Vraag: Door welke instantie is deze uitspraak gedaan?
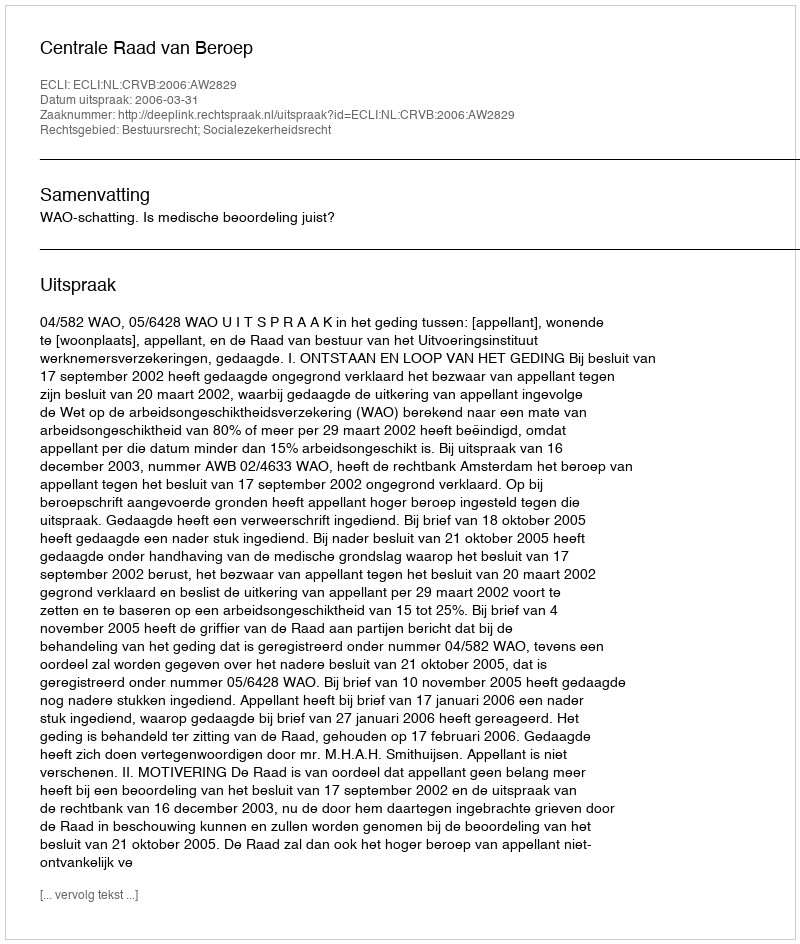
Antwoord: Centrale Raad van Beroep